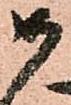
如